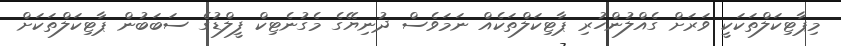
މިޕާޓިކަލްތަކަކީ ވަރަށް ގެއްލުންހުރި ޕާޓިކަލްތަކެއް ނަމަވެސް ދުނިޔޭގެ މެގުނެޓިކް ފީލްޑުގެ ސަބަބުން ޕާޓިކަލްތަކަށް